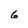
Character: 6